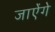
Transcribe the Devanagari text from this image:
जाऐंगे